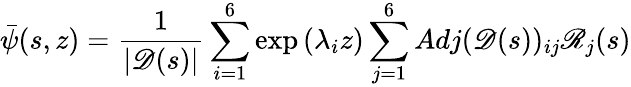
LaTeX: \bar{\psi}(s,z)=\frac{1}{|\mathscr{D}(s)|}\sum_{i=1}^{6}\exp{(\lambda_{i}z)}\sum_{j=1}^{6}Adj(\mathscr{D}(s))_{ij}\mathscr{R}_{j}(s)